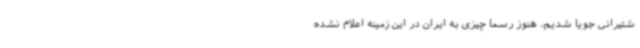
شتیرانی جویا شدیم، هنوز رسما چیزی به ایران در این زمینه اعلام نشده